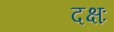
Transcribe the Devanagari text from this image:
दक्षः